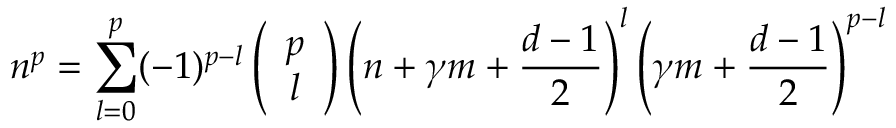
n ^ { p } = \sum _ { l = 0 } ^ { p } ( - 1 ) ^ { p - l } \left( \begin{array} { c } { { p } } \\ { { l } } \end{array} \right) \left( n + \gamma m + { \frac { d - 1 } { 2 } } \right) ^ { l } \left( \gamma m + { \frac { d - 1 } { 2 } } \right) ^ { p - l }